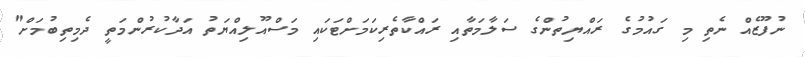
ނުފޫޒެއް ނެތި މި ގައުމުގެ ރައްޔިތުންގެ ސަލާމަތާއި ރައްކާތެރިކަމަށްޓަކައި މަސްއޫލިއްޔަތު އަދާކުރުންމަތީ ދެމިތިބުމަށް"